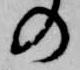
の